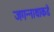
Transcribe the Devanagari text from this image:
जगन्नाथाकडे